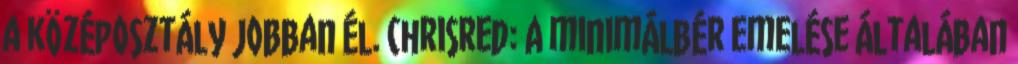
a középosztály jobban él. chrisred: A minimálbér emelése általában